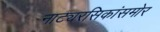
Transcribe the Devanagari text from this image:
नाट्यरसिकांसमोर